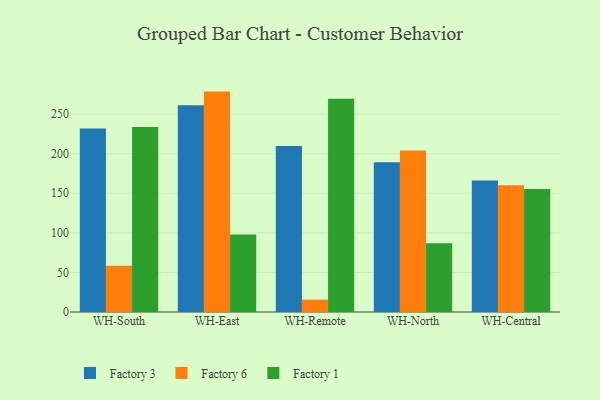
{"axis": {"x": "Warehouse", "y": "Bounce Rate (%)"}, "legend": ["Factory 1", "Factory 3", "Factory 6"], "data": [{"x": "WH-South", "y": 231.7, "type": "Factory 3"}, {"x": "WH-South", "y": 58.4, "type": "Factory 6"}, {"x": "WH-South", "y": 233.8, "type": "Factory 1"}, {"x": "WH-East", "y": 261.1, "type": "Factory 3"}, {"x": "WH-East", "y": 278.4, "type": "Factory 6"}, {"x": "WH-East", "y": 98.0, "type": "Factory 1"}, {"x": "WH-Remote", "y": 209.8, "type": "Factory 3"}, {"x": "WH-Remote", "y": 15.6, "type": "Factory 6"}, {"x": "WH-Remote", "y": 269.3, "type": "Factory 1"}, {"x": "WH-North", "y": 189.3, "type": "Factory 3"}, {"x": "WH-North", "y": 203.9, "type": "Factory 6"}, {"x": "WH-North", "y": 87.0, "type": "Factory 1"}, {"x": "WH-Central", "y": 166.2, "type": "Factory 3"}, {"x": "WH-Central", "y": 160.1, "type": "Factory 6"}, {"x": "WH-Central", "y": 155.4, "type": "Factory 1"}]}